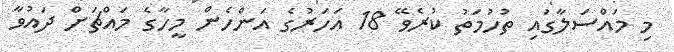
މި މައްސަލާގައި ތުހުމަތު ކުރެވޭ 18 އަހަރުގެ އަންހެން މީހާގެ މައްޗަށް ދައުވާ